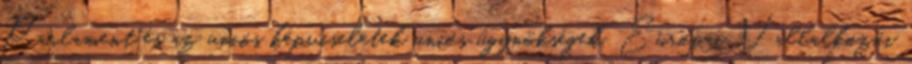
Parlament és az uniós képviseletek uniós ügynökségek, Európai Vállalkozói